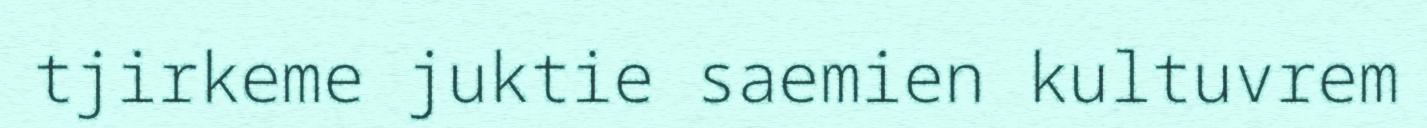
tjirkeme juktie saemien kultuvrem